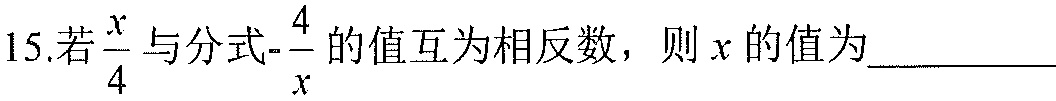
15.若$\dfrac{x}{4}$与分式$-\dfrac{4}{x}$的值互为相反数，则$x$的值为__________